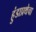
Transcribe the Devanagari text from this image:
हुंडाप्रथेचा